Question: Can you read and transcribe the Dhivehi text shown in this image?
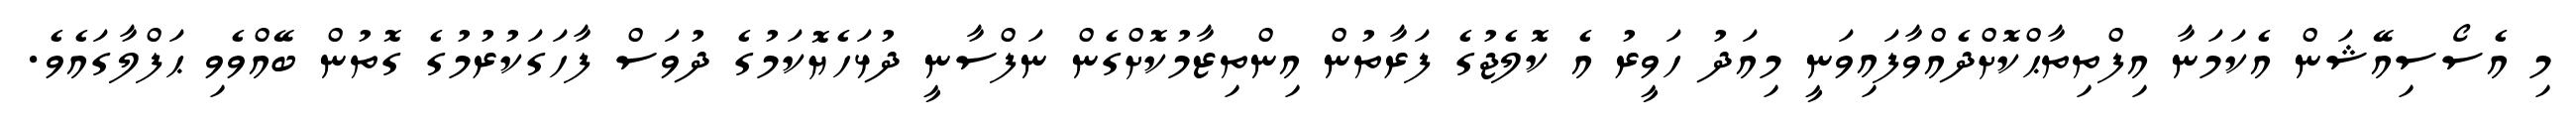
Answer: މި އެސޯސިއޭޝަން އެކަމަނާ އިފްތިތާޙްކޮށްދެއްވާފައިވަނީ މިއަދު ހަވީރު އެ ކޮލެޖުގެ ފަރާތުން އިންތިޒާމުކޮށްގެން ނަފްސާނީ ދުޅަހެޔޮކަމުގެ ދުވަސް ފާހަގަކުރުމުގެ ގޮތުން ބޭއްވެވި ޙަފްލާގައެވެ.